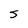
Character: s